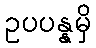
ဥပပန္နမှိ